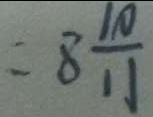
= 8 \frac { 1 0 } { 1 1 }